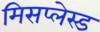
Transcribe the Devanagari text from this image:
मिसप्लेस्ड